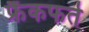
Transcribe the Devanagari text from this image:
फ्रैंकफर्त